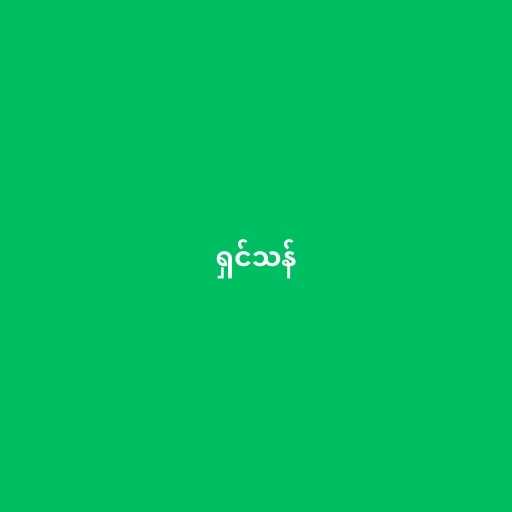
ရှင်သန်